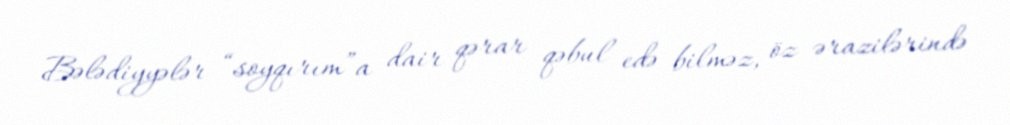
Bələdiyyələr “soyqırım”a dair qərar qəbul edə bilməz, öz ərazilərində